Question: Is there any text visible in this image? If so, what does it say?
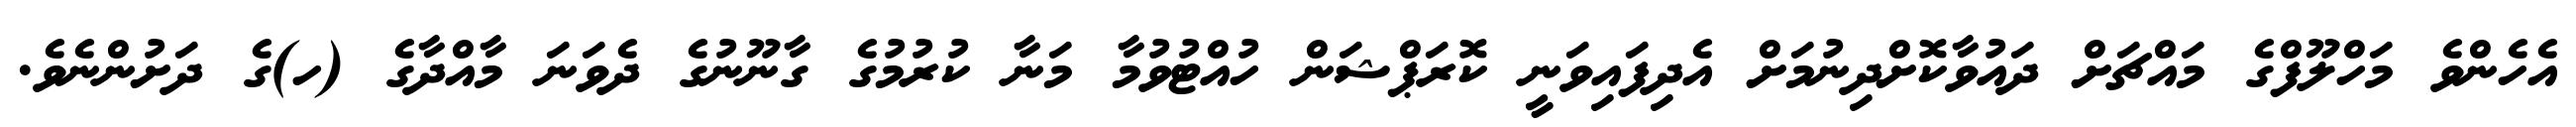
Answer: އެހެންވެ މަހްލޫފްގެ މައްޗަށް ދައުވާކޮށްދިނުމަށް އެދިފައިވަނީ ކޮރަޕްޝަން ހުއްޓުވުމާ މަނާ ކުރުމުގެ ގާނޫނުގެ ދެވަނަ މާއްދާގެ (ހ)ގެ ދަށުންނެވެ.